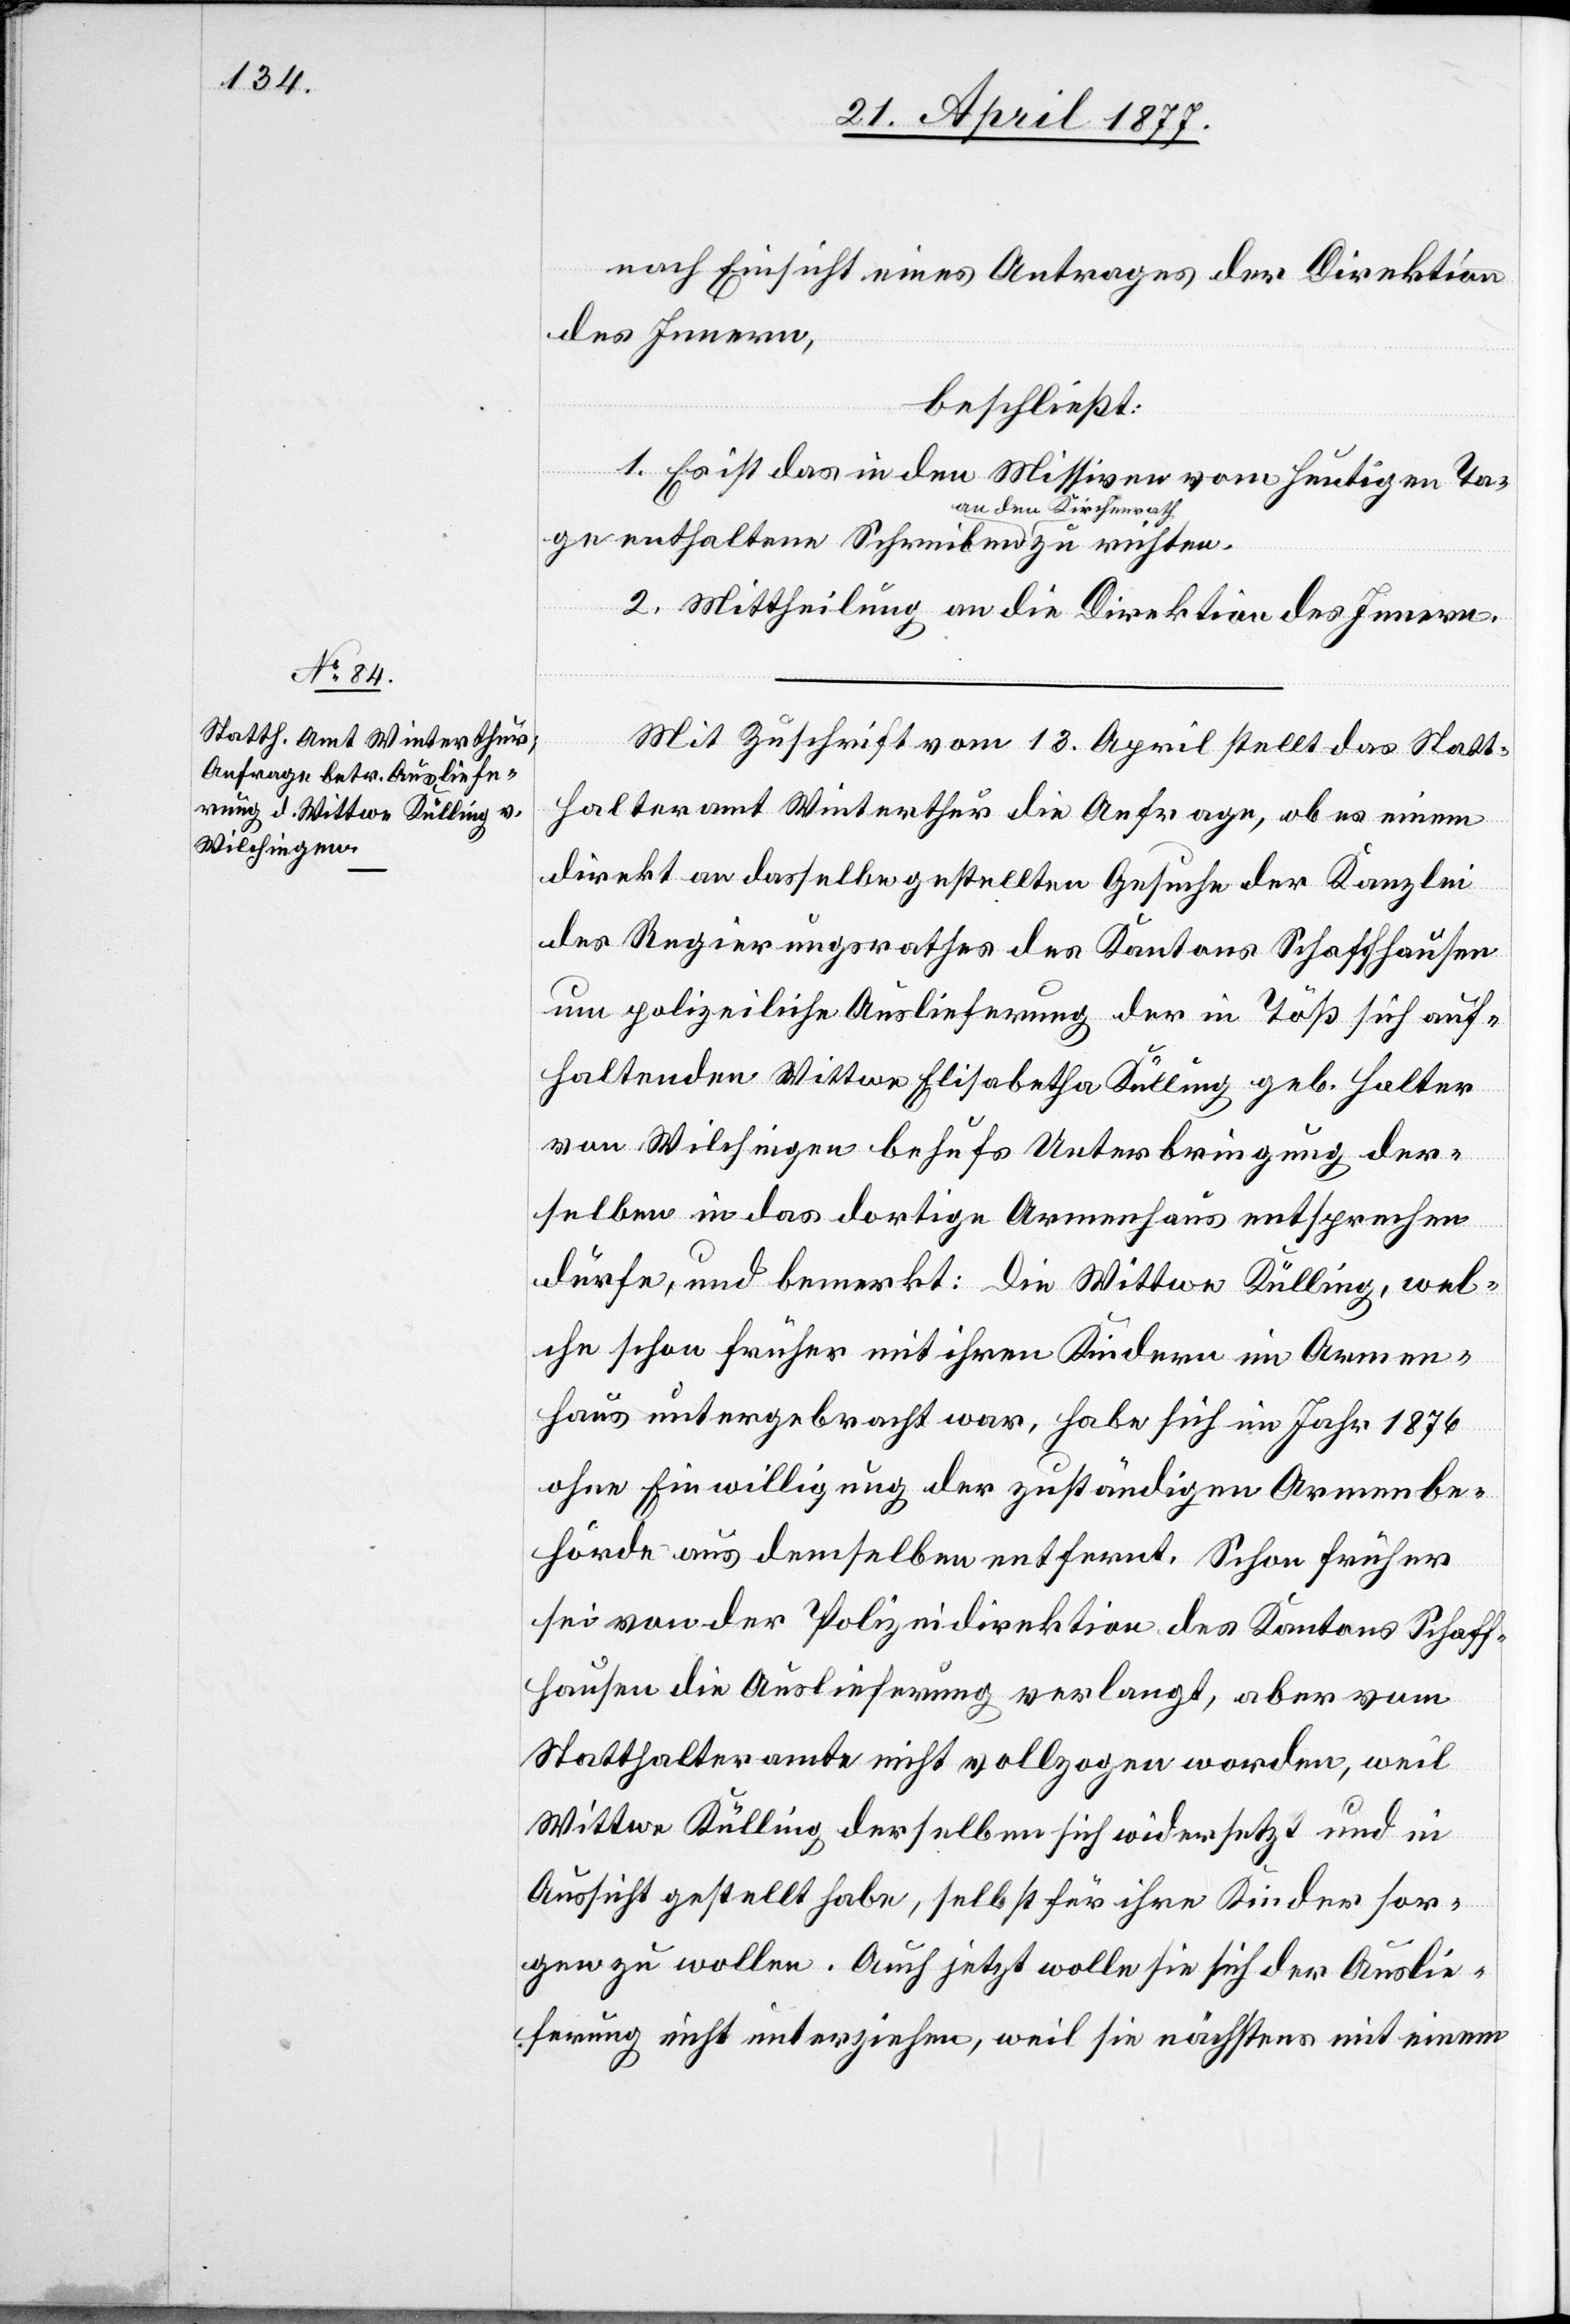
nach Einsicht eines Antrages der Direktion
des Innern,
beschließt:
1. Es ist das in den Missiven vom heutigen Ta¬
ge enthaltene Schreiben a-an den Kirchenrath-a
2. Mittheilung an die Direktion des Innern.
Mit Zuschrift vom 13. April stellt das Statt¬
halteramt Winterthur die Anfrage, ob es einem
direkt an dasselbe gestellten Gesuche der Kanzlei
des Regierungsrathes des Kantons Schaffhausen
um polizeiliche Auslieferung der in Töß sich auf¬
haltenden Wittwe Elisabetha Külling geb. Halter
von Wilchingen behufs Unterbringung der¬
selben in das dortige Armenhaus entsprechen
dürfe, und bemerkt: Die Wittwe Külling, wel¬
che schon früher mit ihren Kindern im Armen¬
haus untergebracht war, habe sich im Jahr 1876
ohne Einwilligung der zuständigen Armenbe¬
hörde aus demselben entfernt. Schon früher
sei von der Polizeidirektion des Kantons Schaff¬
hausen die Auslieferung verlangt, aber vom
Statthalteramte nicht vollzogen worden, weil
Wittwe Külling derselben sich widersetzt und in
Aussicht gestellt habe, selbst für ihre Kinder sor¬
gen zu wollen. Auch jetzt wolle sie sich der Auslie¬
ferung nicht unterziehen, weil sie nächstens mit einem